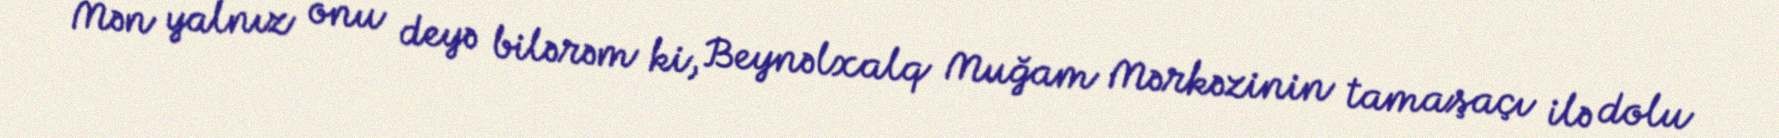
Mən yalnız onu deyə bilərəm ki, Beynəlxalq Muğam Mərkəzinin tamaşaçı ilə dolu